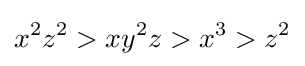
x^{2}z^{2}>xy^{2}z>x^{3}>z^{2}